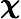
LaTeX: \boldsymbol{\chi}